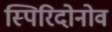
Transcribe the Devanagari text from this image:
स्पिरिदोनोव